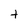
Character: t